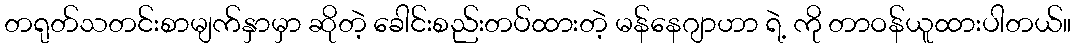
တရုတ်သတင်းစာမျက်နှာမှာ ဆိုတဲ့ ခေါင်းစည်းတပ်ထားတဲ့ မန်နေဂျာဟာ ရဲ့ ကို တာဝန်ယူထားပါတယ်။